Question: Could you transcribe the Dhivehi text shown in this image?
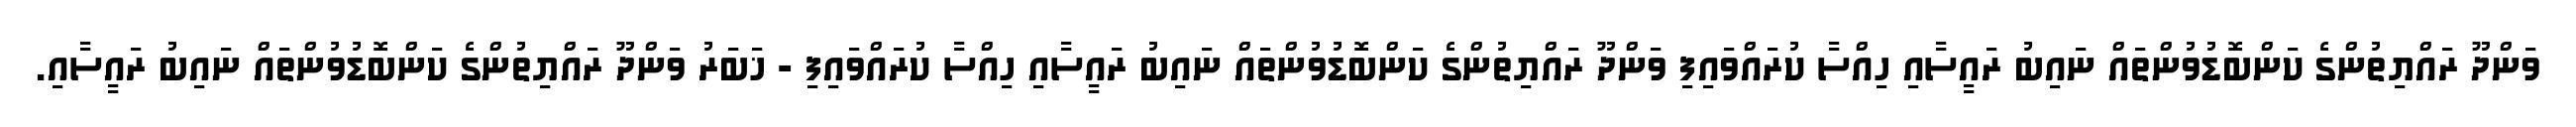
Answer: ވަންދޫ ރައްޔިތުންގެ ކަންބޮޑުވުންތައް ނައިބު ރައީސާއި ހިއްސާ ކުރައްވައިފި ވަންދޫ ރައްޔިތުންގެ ކަންބޮޑުވުންތައް ނައިބު ރައީސާއި ހިއްސާ ކުރައްވައިފި - ޚަބަރު ވަންދޫ ރައްޔިތުންގެ ކަންބޮޑުވުންތައް ނައިބު ރައީސާއި.